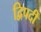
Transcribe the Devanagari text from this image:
द्विपदीं